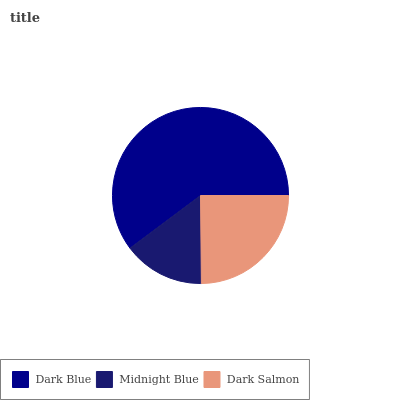
| Dark Blue | Midnight Blue | Dark Salmon |
 | --- | --- | --- |
 | 60.2% | 15% | 24.8% |